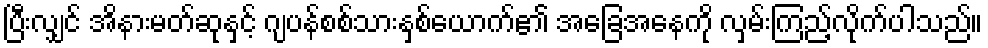
ပြီးလျှင် အိနားမတ်ဆုနှင့် ဂျပန်စစ်သားနှစ်ယောက်၏ အခြေအနေကို လှမ်းကြည့်လိုက်ပါသည်။